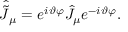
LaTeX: \hat { \tilde { J } } _ { \mu } = e ^ { i \vartheta \varphi } \hat { J } _ { \mu } e ^ { - i \vartheta \varphi } .